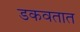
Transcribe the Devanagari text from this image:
डकवतात